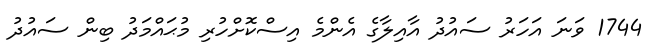
1744 ވަނަ އަހަރު ސައުދު އާއިލާގެ އެންމެ އިސްކޮށްހުރި މުޙައްމަދު ބިން ސައުދު